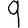
Digit: 9